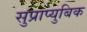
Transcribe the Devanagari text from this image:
सुप्राप्युबिक